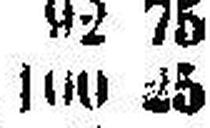
100 25